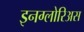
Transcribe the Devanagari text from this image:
इनग्लोरिअस